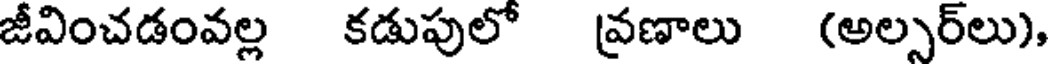
జీవించడంవల్ల కడుపులో వ్రణాలు (అల్సర్లు),